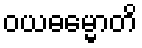
ဝယဓမ္မောတိ